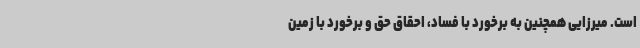
است. میرزایی همچنین به برخورد با فساد، احقاق حق و برخورد با زمین